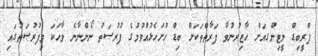
ޕްރީބިޑް މީޓިންގއަށް ހާޒިރުނުވާ ފަރާތްތަކަށް ބިޑް ހުށަހެޅުއްވުމުގެ ފުރުޞަތު ނޯންނާނެ ވާހަކަ މިފުރުޞަތުގައި